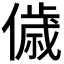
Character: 𬿳